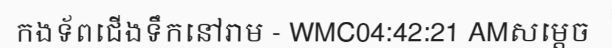
កងទ័ពជើងទឹកនៅរាម - WMC04:42:21 AMសម្តេច